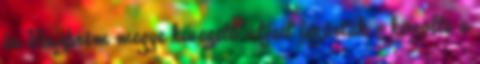
és Veszprém megye kivezető útjait lezárták - közölte a